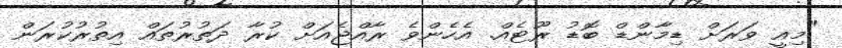
"މިއީ ވަރަށް ޑިމާންޑް ބޮޑު ރޫޓެއް. އެހެންވެ ރާއްޖެއަށް ކުރާ ދަތުރުތައް އިތުރުކުރަން